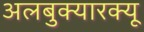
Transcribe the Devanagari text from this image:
अलबुक्यारक्यू